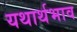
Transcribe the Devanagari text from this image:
यथार्थभाव